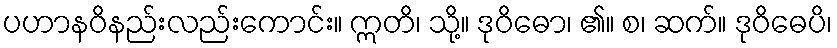
ပဟာနဝိနည်းလည်းကောင်း။ ဣတိ၊ သို့။ ဒုဝိဓော၊ ၏။ စ၊ ဆက်။ ဒုဝိဓေပိ၊